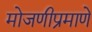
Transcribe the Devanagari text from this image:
मोजणीप्रमाणे